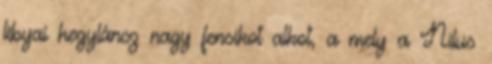
libyai hegyláncz nagy fensíkot alkot, a mely a Nilus